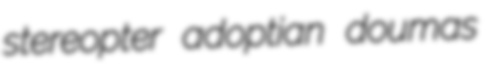
stereopter adoptian doumas